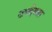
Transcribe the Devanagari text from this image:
उपदेवता